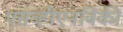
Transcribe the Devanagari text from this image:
एसव्हीएनविकी